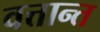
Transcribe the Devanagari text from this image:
वत्तान्त